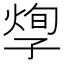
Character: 𡦐